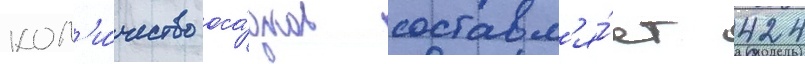
кол'и́чество оса́дков составл'я́ет 424